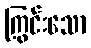
ကြွင်းသော